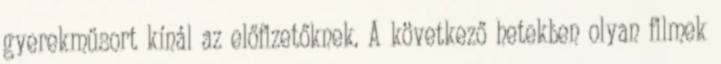
gyerekműsort kínál az előfizetőknek. A következő hetekben olyan filmek